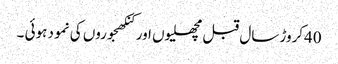
40کروڑ سال قبل مچھلیوں اور کنکھجوروں کی نمو د ہوئی ۔